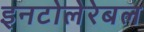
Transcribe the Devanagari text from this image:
इनटोलेरेबल